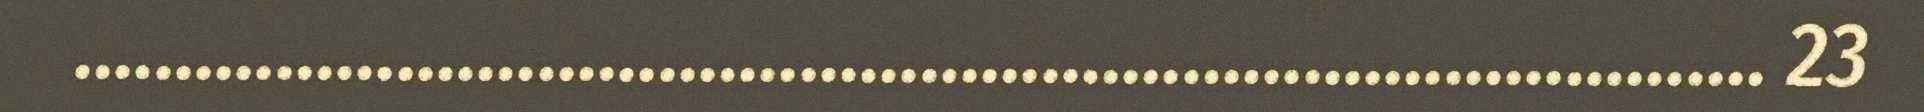
.................................................................................... 23